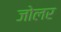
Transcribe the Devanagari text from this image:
जोलर